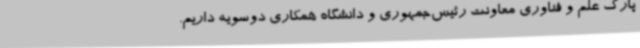
پارک علم و فناوری معاونت رئیس‌جمهوری و دانشگاه همکاری دوسویه داریم.